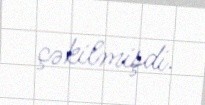
çəkilmişdi.